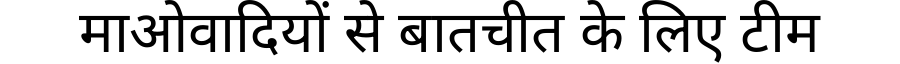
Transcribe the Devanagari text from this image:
माओवादियों से बातचीत के लिए टीम